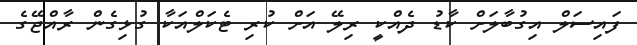
ފައިސަލް އިގުބާލަށް ކާޑު ދެއްކީ ރިލޭ އަށް ކުރި ޓެކަލްއަކާ ގުޅިގެން ރާއްޖޭގެ